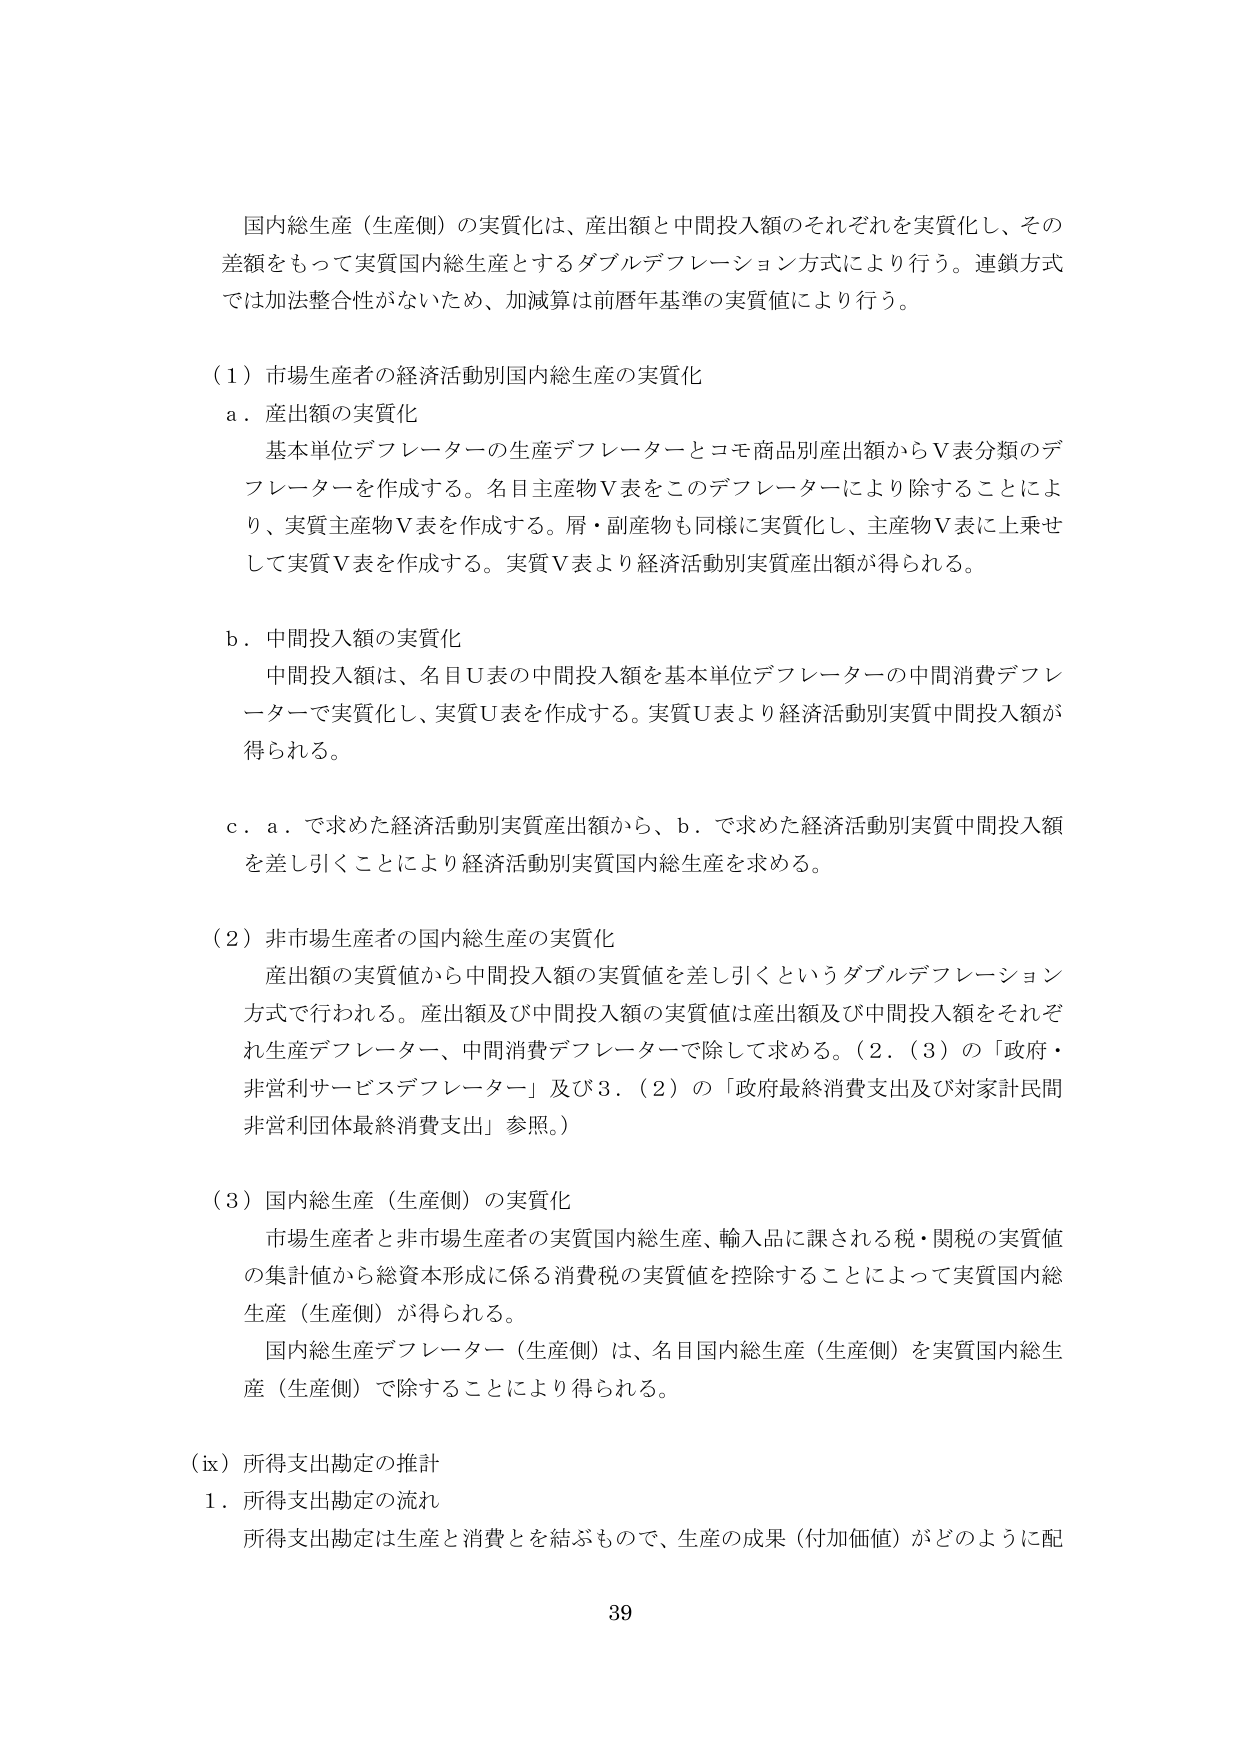
国内総生産（生産側）の実質化は、産出額と中間投入額のそれぞれを実質化し、その差額をもって実質国内総生産とするダブルデフレーション方式により行う。連鎖方式では加法整合性がないため、加減算は前暦年基準の実質値により行う。

（１）市場生産者の経済活動別国内総生産の実質化
ａ．産出額の実質化
　基本単位デフレーターの生産デフレーターとコモ商品別産出額からＶ表分類のデフレーターを作成する。名目主産物Ｖ表をこのデフレーターにより除することにより、実質主産物Ｖ表を作成する。屑・副産物も同様に実質化し、主産物Ｖ表に上乗せして実質Ｖ表を作成する。実質Ｖ表より経済活動別実質産出額が得られる。

ｂ．中間投入額の実質化
　中間投入額は、名目Ｕ表の中間投入額を基本単位デフレーターの中間消費デフレーターで実質化し、実質Ｕ表を作成する。実質Ｕ表より経済活動別実質中間投入額が得られる。

ｃ．ａ．で求めた経済活動別実質産出額から、ｂ．で求めた経済活動別実質中間投入額を差し引くことにより経済活動別実質国内総生産を求める。

（２）非市場生産者の国内総生産の実質化
　産出額の実質値から中間投入額の実質値を差し引くというダブルデフレーション方式で行われる。産出額及び中間投入額の実質値は産出額及び中間投入額をそれぞれ生産デフレーター、中間消費デフレーターで除して求める。（２．（３）の「政府・非営利サービスデフレーター」及び３．（２）の「政府最終消費支出及び対家計民間非営利団体最終消費支出」参照。）

（３）国内総生産（生産側）の実質化
　市場生産者と非市場生産者の実質国内総生産、輸入品に課される税・関税の実質値の集計値から総資本形成に係る消費税の実質値を控除することによって実質国内総生産（生産側）が得られる。
　国内総生産デフレーター（生産側）は、名目国内総生産（生産側）を実質国内総生産（生産側）で除すことにより得られる。

（ix）所得支出勘定の推計
１．所得支出勘定の流れ
　所得支出勘定は生産と消費を結ぶもので、生産の成果（付加価値）がどのように配

39